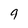
Character: 9